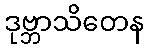
ဒုဗ္ဘာသိတေန